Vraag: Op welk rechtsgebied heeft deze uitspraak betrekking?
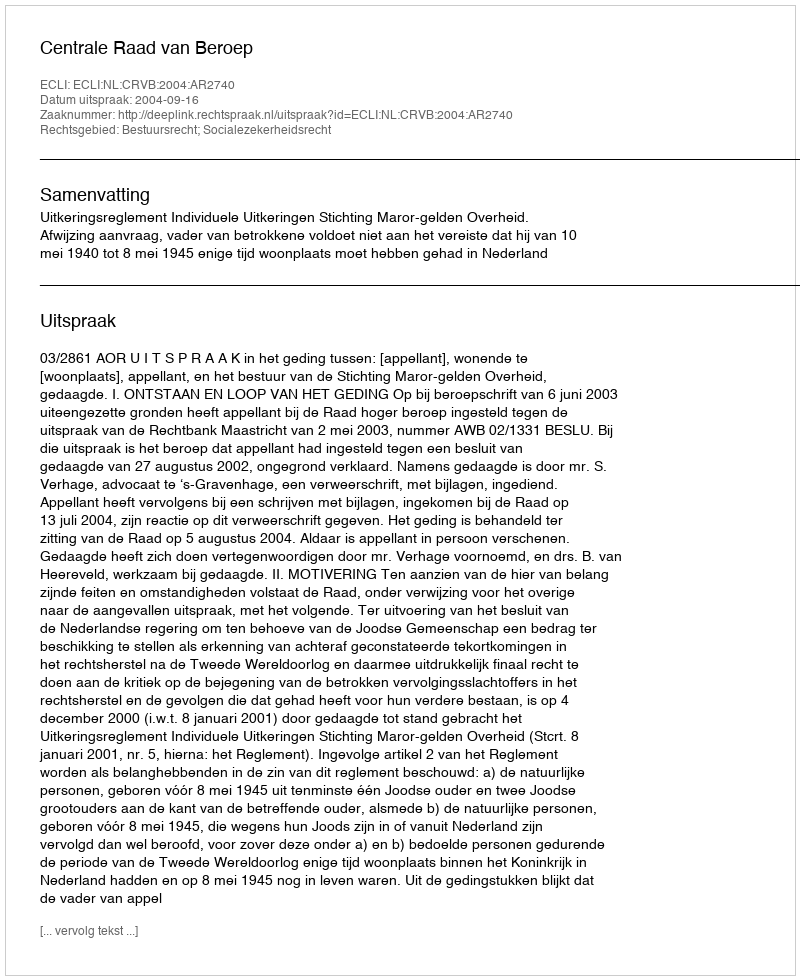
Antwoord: Bestuursrecht; Socialezekerheidsrecht